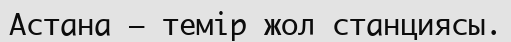
Астана — темір жол станциясы.